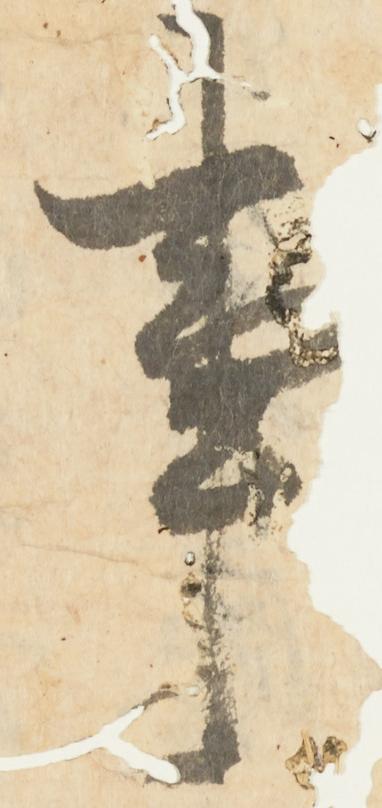
事